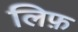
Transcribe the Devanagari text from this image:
लिफ़